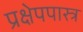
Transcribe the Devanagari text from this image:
प्रक्षेपपास्त्र